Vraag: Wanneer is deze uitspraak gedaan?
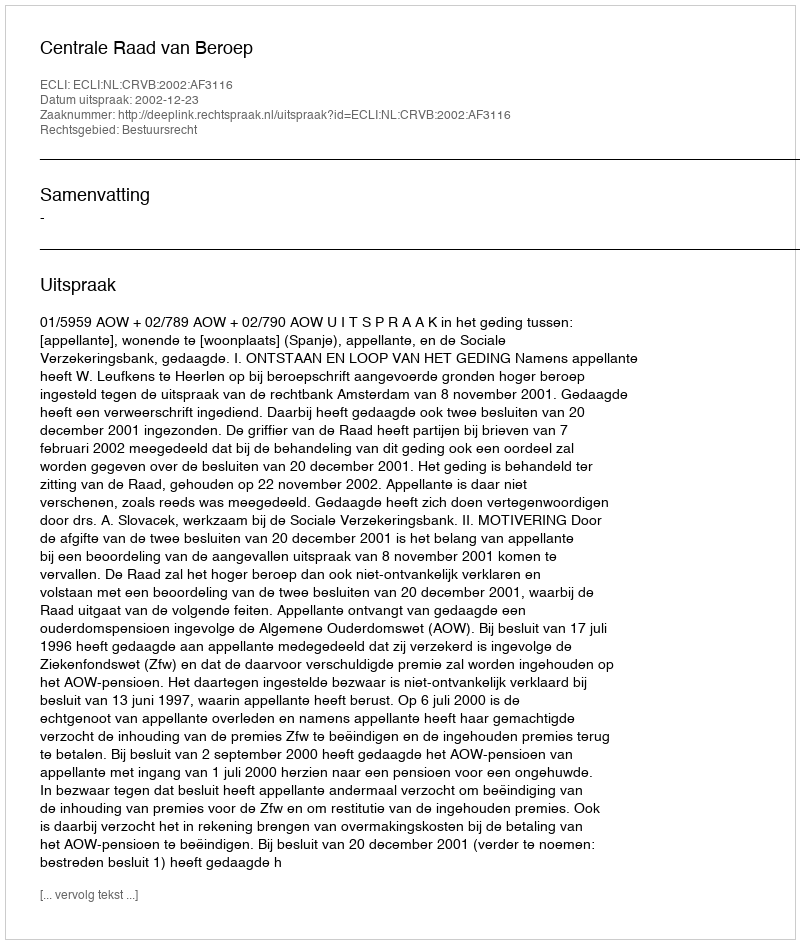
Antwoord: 2002-12-23